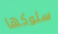
سلوكها